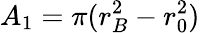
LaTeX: A_{1}=\pi(r_{B}^{2}-r_{0}^{2})